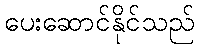
ပေးဆောင်နိုင်သည်